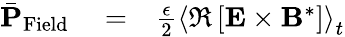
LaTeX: \begin{array}{rlr}{\bar{\mathbf P}_{\mathrm{Field}}}&{{}=}&{\frac{\epsilon}{2}\left\langle\Re\left[{\mathbf E}\times{\mathbf B}^{*}\right]\right\rangle_{t}}\end{array}